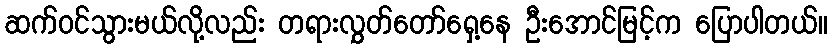
ဆက်ဝင်သွားမယ်လို့လည်း တရားလွှတ်တော်ရှေ့နေ ဦးအောင်မြင့်က ပြောပါတယ်။